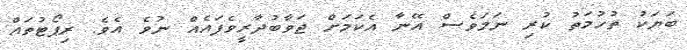
ބަޔަކު ތުހުމަތު ކުރި ނަމަވެސް އޭނާ އެކަމަށް ޖަވާބުދާރީވެފައެއް ނުވެ އެވެ. ރިޕޯޓުތައް